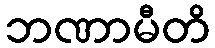
ဘဏာမီတိ